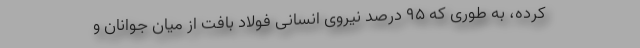
کرده، به طوری که ۹۵ درصد نیروی انسانی فولاد بافت از میان جوانان و